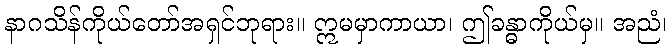
နာဂသိန်ကိုယ်တော်အရှင်ဘုရား။ ဣမမှာကာယာ၊ ဤခန္ဓာကိုယ်မှ။ အညံ၊